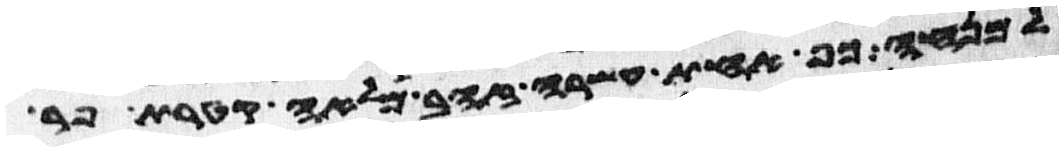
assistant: למנחה כף אחת עשרה זהב מלאה קטרת פר